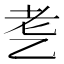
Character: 㐗